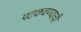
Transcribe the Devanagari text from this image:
पटकवण्याची